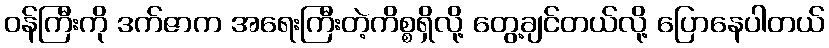
ဝန်ကြီးကို ဒက်ဇာက အရေးကြီးတဲ့ကိစ္စရှိလို့ တွေ့ချင်တယ်လို့ ပြောနေပါတယ်